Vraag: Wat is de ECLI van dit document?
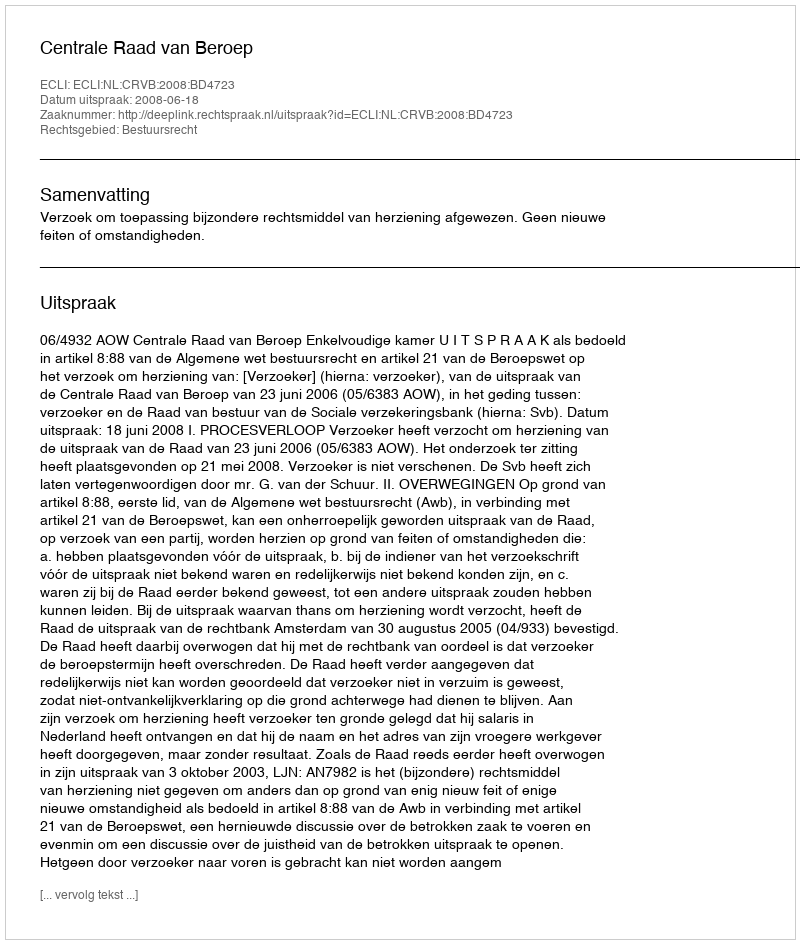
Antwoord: ECLI:NL:CRVB:2008:BD4723